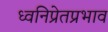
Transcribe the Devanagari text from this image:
ध्वनिप्रेतप्रभाव